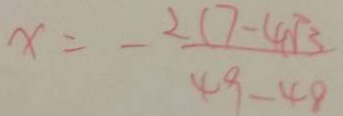
x = - \frac { 2 ( 7 - 4 \sqrt { 3 } } { 4 9 - 4 8 }